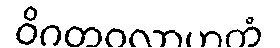
ဝိဂတဝလာဟကံ